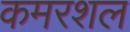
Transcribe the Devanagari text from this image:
कमरशल